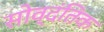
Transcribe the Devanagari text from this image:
सोव्दंतिक